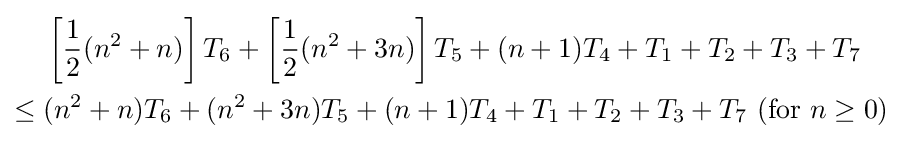
{\begin{aligned}&\left[{\frac {1}{2}}(n^{2}+n)\right]T_{6}+\left[{\frac {1}{2}}(n^{2}+3n)\right]T_{5}+(n+1)T_{4}+T_{1}+T_{2}+T_{3}+T_{7}\\\leq {}&(n^{2}+n)T_{6}+(n^{2}+3n)T_{5}+(n+1)T_{4}+T_{1}+T_{2}+T_{3}+T_{7}\ ({\text{for }}n\geq 0)\end{aligned}}